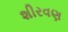
શીરવણ